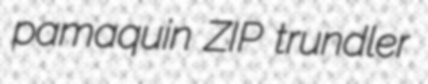
pamaquin ZIP trundler